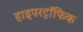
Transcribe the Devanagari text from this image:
हाइपरट्रॉफिक